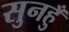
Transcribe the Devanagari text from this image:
सुनहुँ